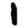
Digit: 1